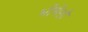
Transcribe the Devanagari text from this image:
भीमेशी